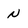
Character: N